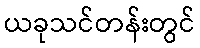
ယခုသင်တန်းတွင်